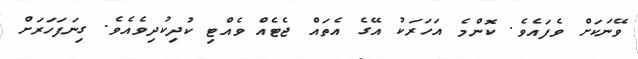
ވޭނަކަށް ވެފައެވެ. ކޮންމެ އަހަރަކު އޭގެ އެތައް ޖެޓެއް ވެއްޓި ކުދިކުދިވެއެވެ. ގިނަފަހަރަށް